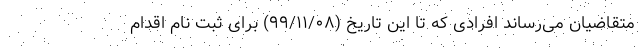
متقاضیان می‌رساند افرادی که تا این تاریخ (۹۹/۱۱/۰۸) برای ثبت نام اقدام